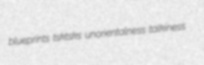
blueprints tsktsks unorientalness talkiness